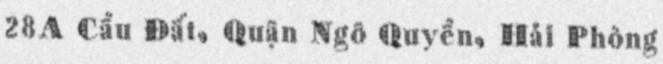
28A Cầu Đất, Quận Ngô Quyền, Hải Phòng